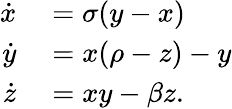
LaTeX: \begin{array}{rl}{\dot{x}}&{{}=\sigma(y-x)}\\ {\dot{y}}&{{}=x(\rho-z)-y}\\ {\dot{z}}&{{}=xy-\beta z.}\end{array}